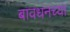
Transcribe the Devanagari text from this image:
बावधनच्या